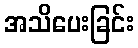
အသိပေးခြင်း